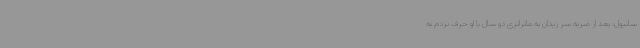
سانیول: بعد از ضربه سر زیدان به ماتراتزی دو سال با او حرف نزدم به